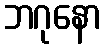
ဘဂုနော